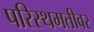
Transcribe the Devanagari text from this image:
परिस्थमतीवर